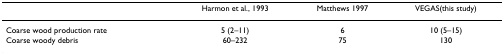
|  | Harmon et al., 1993 | Matthews 1997 | VEGAS(this study) |
 | --- | --- | --- | --- |
 | Coarse wood production rate | 5 (2–11) | 6 | 10 (5–15) |
 | Coarse woody debris | 60–232 | 75 | 130 |